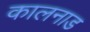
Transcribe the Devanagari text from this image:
कालनाड